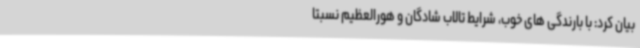
بیان کرد: با بارندگی های خوب، شرایط تالاب شادگان و هورالعظیم نسبتا